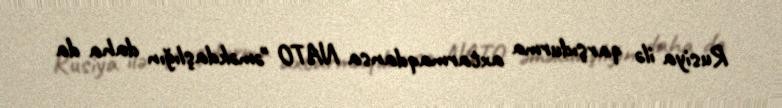
Rusiya ilə qarşıdurma axtarmaqdansa NATO "əməkdaşlığın daha da